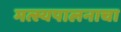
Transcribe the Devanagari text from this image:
मत्स्यपालनाचा